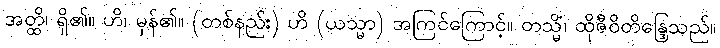
အတ္ထိ၊ ရှိ၏။ ဟိ၊ မှန်၏။ (တစ်နည်း) ဟိ (ယသ္မာ) အကြင်ကြောင့်။ တသ္မိံ၊ ထိုဇီဝိတိန္ဒြေသည်။